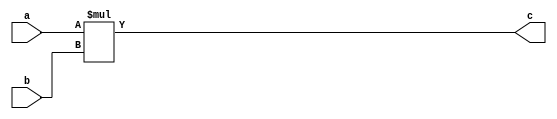
`timescale 1ns / 1ps
//////////////////////////////////////////////////////////////////////////////////
// Company: 
// 
// Design Name: 
// Module Name: multi
// Project Name: 
// Target Devices: 
// Tool Versions: 
// Description: 
// 
// Dependencies: 
// 
// Revision:
// Revision 0.01 - File Created
// Additional Comments:
// 
//////////////////////////////////////////////////////////////////////////////////


// 7x8-bit multiplier 
module multi(
	input wire [6:0] a,
	input wire [7:0] b,
	output wire [14:0] c
	);
	
	assign c = a * b;
endmodule